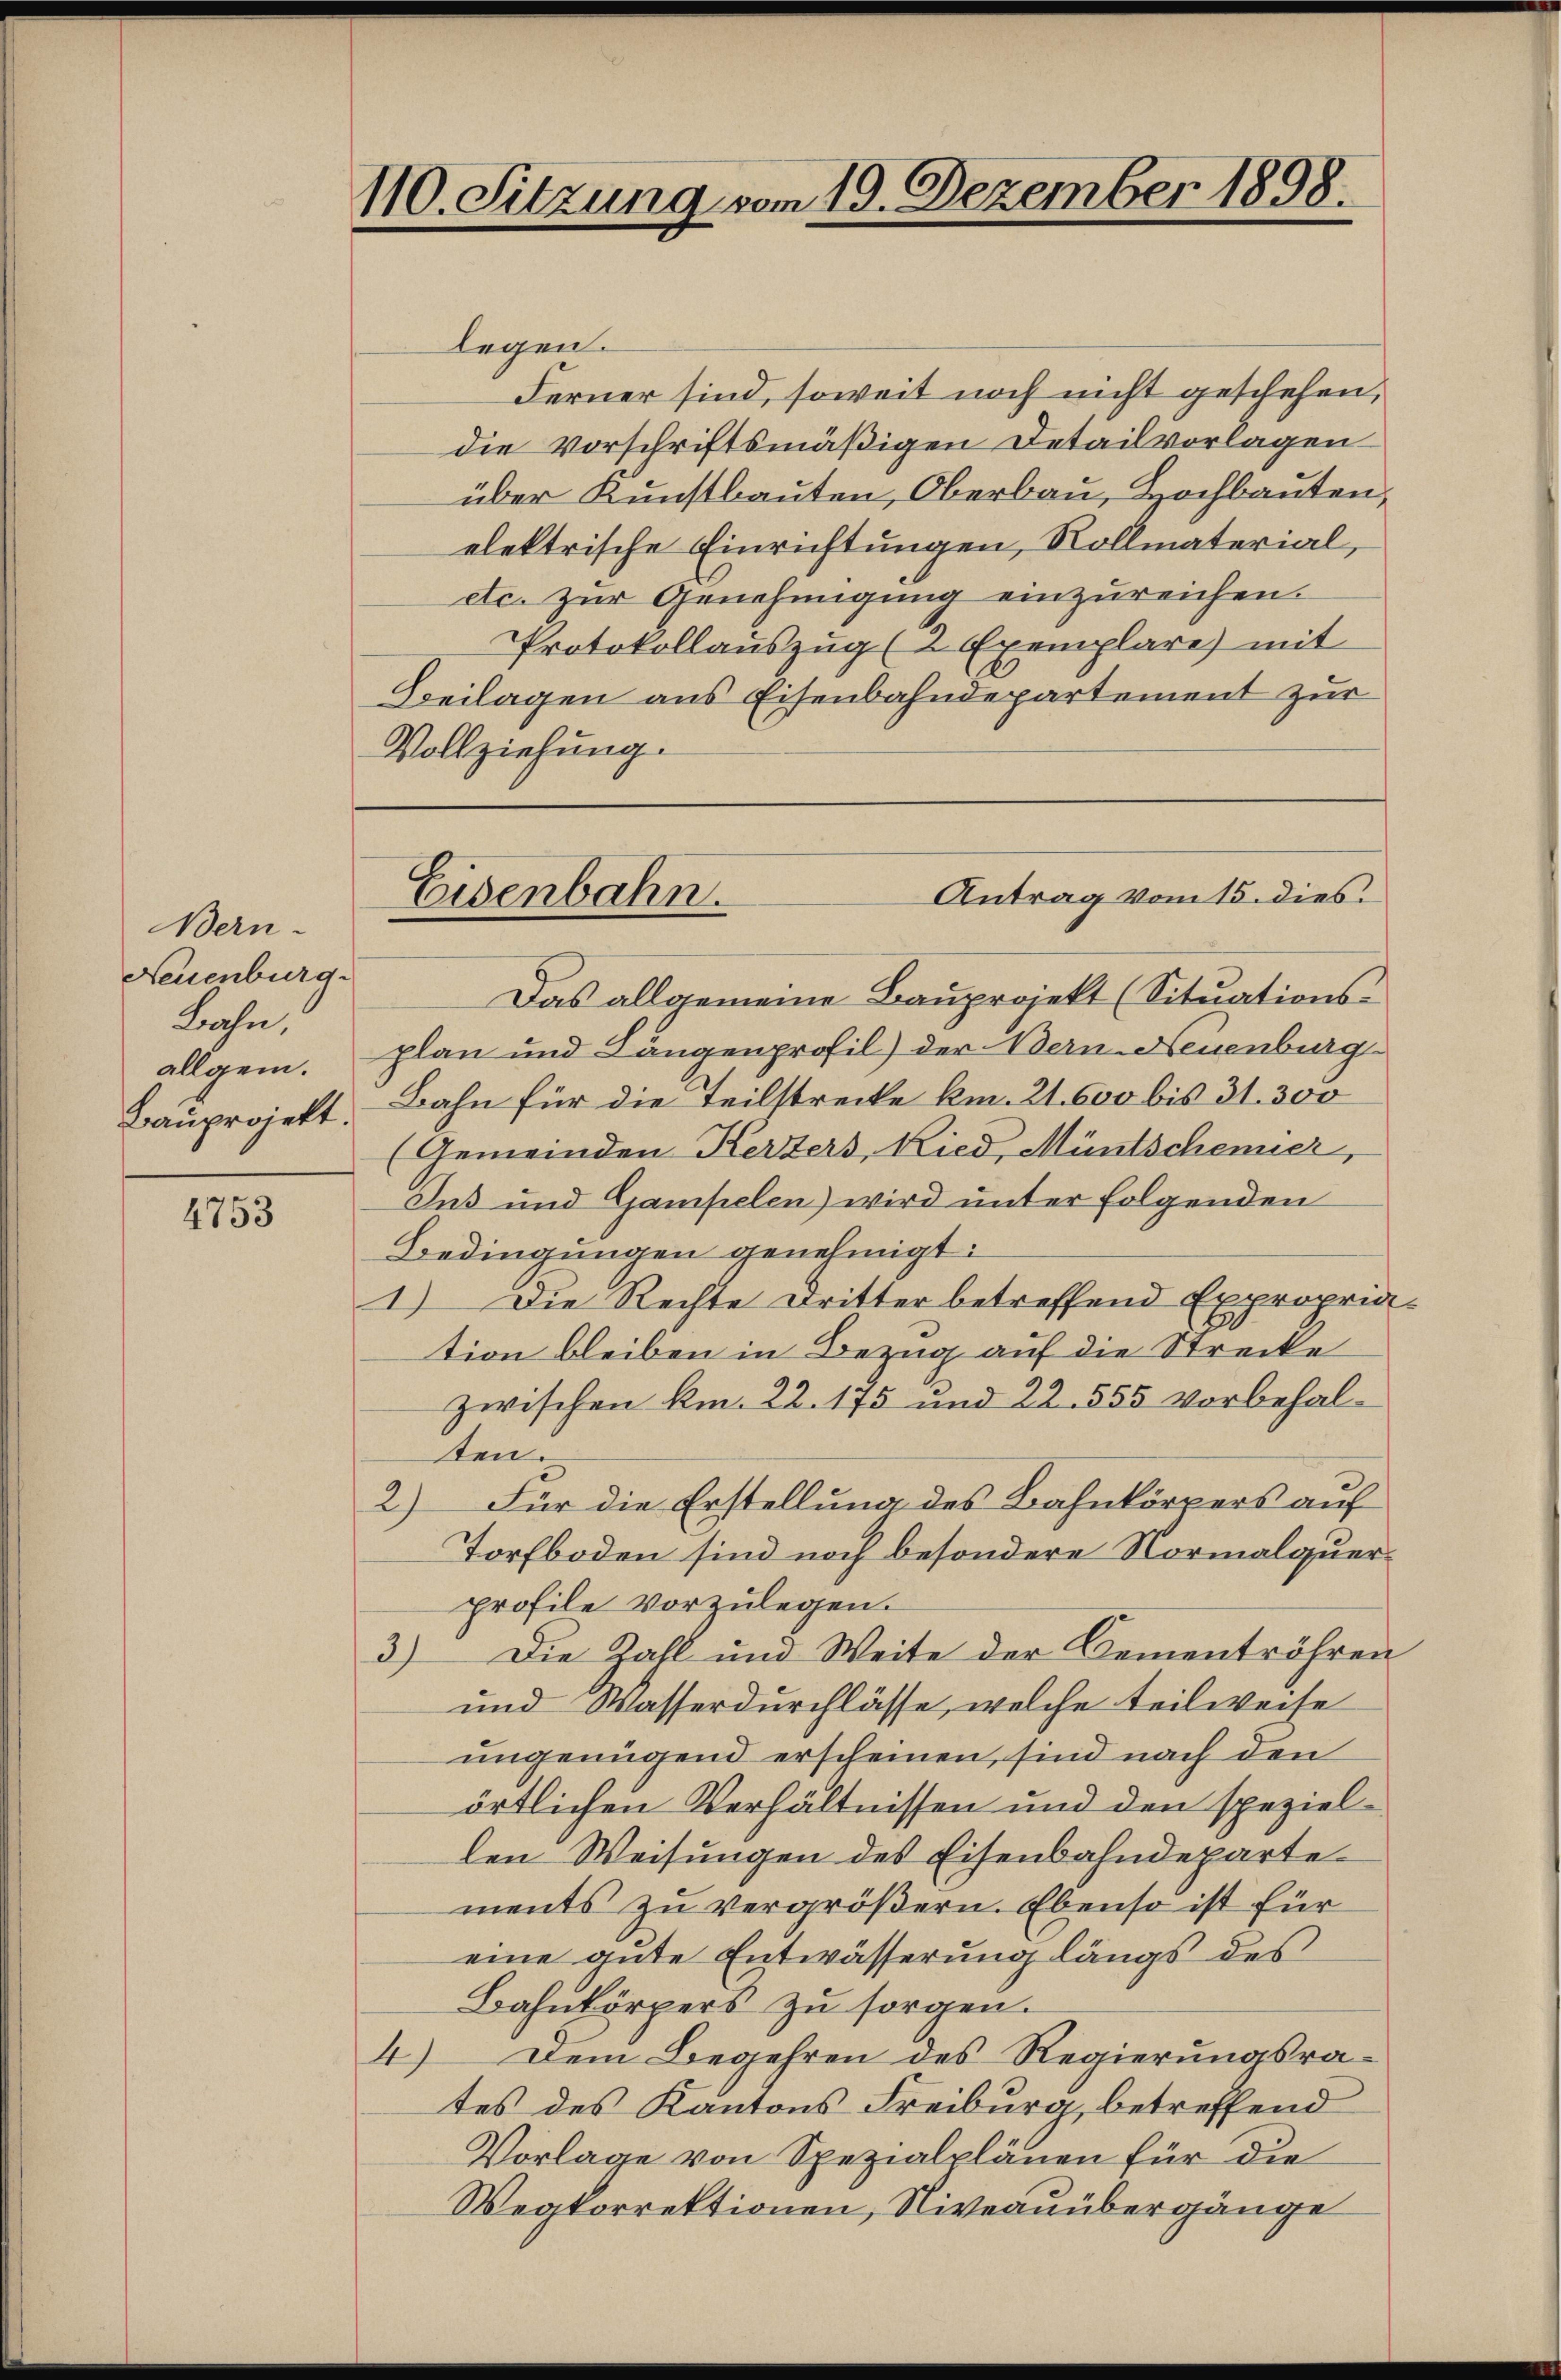
Bern.
Neuenburg.
Bahn,
allgem.

4753

110. Sitzung vom 19. Dezember 1898.

Antrag vom 15. dies.
Eisenbahn.

legen.
Ferner sind, soweit noch nicht geschehen,
die vorschriftsmäßigen Detailvorlagen
über Kunstbauten, Oberbau, Hochbauten,
elektrische Einrichtungen, Rollmaterial,
etc. zur Genehmigung einzureichen.
Protokollauszug (2 Exemplare mit
Beilagen aus Eisenbahndepartement zur
Vollziehung.
Das allgemeine Bauprojekt (Situations-
plan und Längenprofil) der Bern-Neuenburg
Bauprojekt. Bahn für die Teilstrecke km. 21. 600 bis 31. 300
(Gemeinden Kerzers, Ried, Müntscheiner,
Ius und Gampelen) wird unter folgenden
Bedingungen genehmigt.
1.) Die Rechte Dritter betreffend Expropria
tion bleiben in Bezug auf die Strecke
zwischen Am. 22. 175 und 22. 555 vorbehalten.
2) Für die Erstellung des Bahnkörpers auf
Torfboden sind noch besondere Normalquerprofile vorzulegen.
3) Die Zahl und Weite der Cementröhren
und Wasserdurchlässe, welche teilweise
ungenügend erscheinen, sind nach den
örtlichen Verhältnissen und den spezielden Weisungen des Eisenbahndepartements zu vergrößern. Ebenso ist für
eine gute Entwässerung längs des
Bahnkörpers zu sorgen.
4) Dem Begehren des Regierungsrates des Kantons Freiburg, betreffend
Vorlage von Spezialplänen für die
Wegkorrektionen, Niveauübergänge